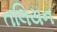
તલિયન